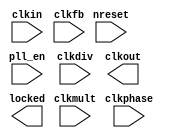
// This program was cloned from: https://github.com/aolofsson/oh
// License: MIT License

//#############################################################################
//# Function: Phase Locked Loop                                               #
//#############################################################################
//# Author:   Andreas Olofsson                                                #
//# License:  MIT (see LICENSE file in OH! repository)                        # 
//#############################################################################

module oh_pll #(parameter N = 8) // number of clocks
   ( input            clkin,    // primary clock input
     input 	      nreset, // async active low reset
     input 	      clkfb, // feedback clock
     input 	      pll_en, // enable pll   
     input [N*8-1:0]  clkdiv, // clock divider settings (per clock)
     input [N*16-1:0] clkphase, // clock phase setting (rise/fall edge)
     input [7:0]      clkmult, // feedback clock multiplier 	       
     output [N-1:0]   clkout, // output clocks
     output 	      locked // PLL locked status
     );

`ifdef TARGET_SIM

   //insert PLL simulation model
   
`endif
      
endmodule // oh_pll